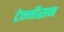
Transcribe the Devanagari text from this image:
टेन्नीसन